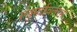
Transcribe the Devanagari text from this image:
रखुमाईवल्लभा